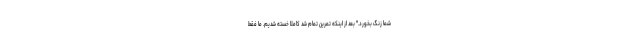
شما زنگ بخورد." بعد از اینکه تمرین تمام شد کاملاً خسته شدیم. ما فقط